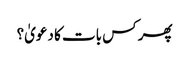
پھر کس بات کا دعویٰ؟